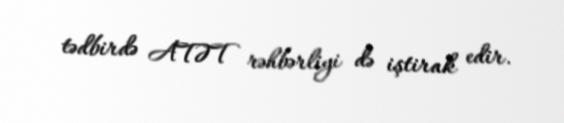
tədbirdə ATƏT rəhbərliyi də iştirak edir.